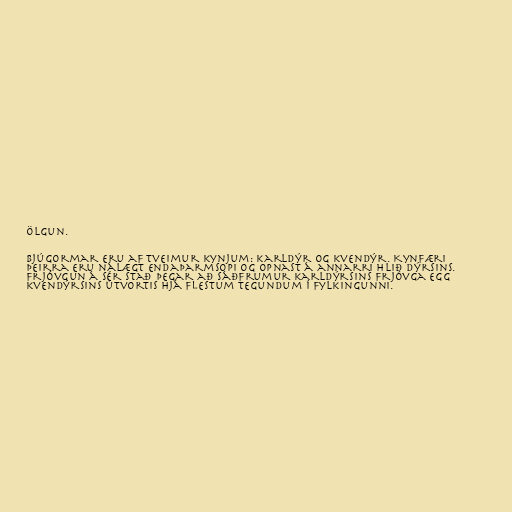
ölgun.

Bjúgormar eru af tveimur kynjum: karldýr og kvendýr. Kynfæri
þeirra eru nálægt endaþarmsopi og opnast á annarri hlið dýrsins.
Frjóvgun á sér stað þegar að sáðfrumur karldýrsins frjóvga egg
kvendýrsins útvortis hjá flestum tegundum í fylkingunni.